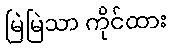
မြဲမြဲသာ ကိုင်ထား